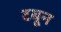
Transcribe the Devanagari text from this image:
टबून